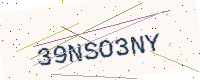
Text: 39NSO3NY